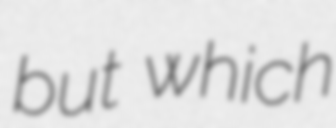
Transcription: but which